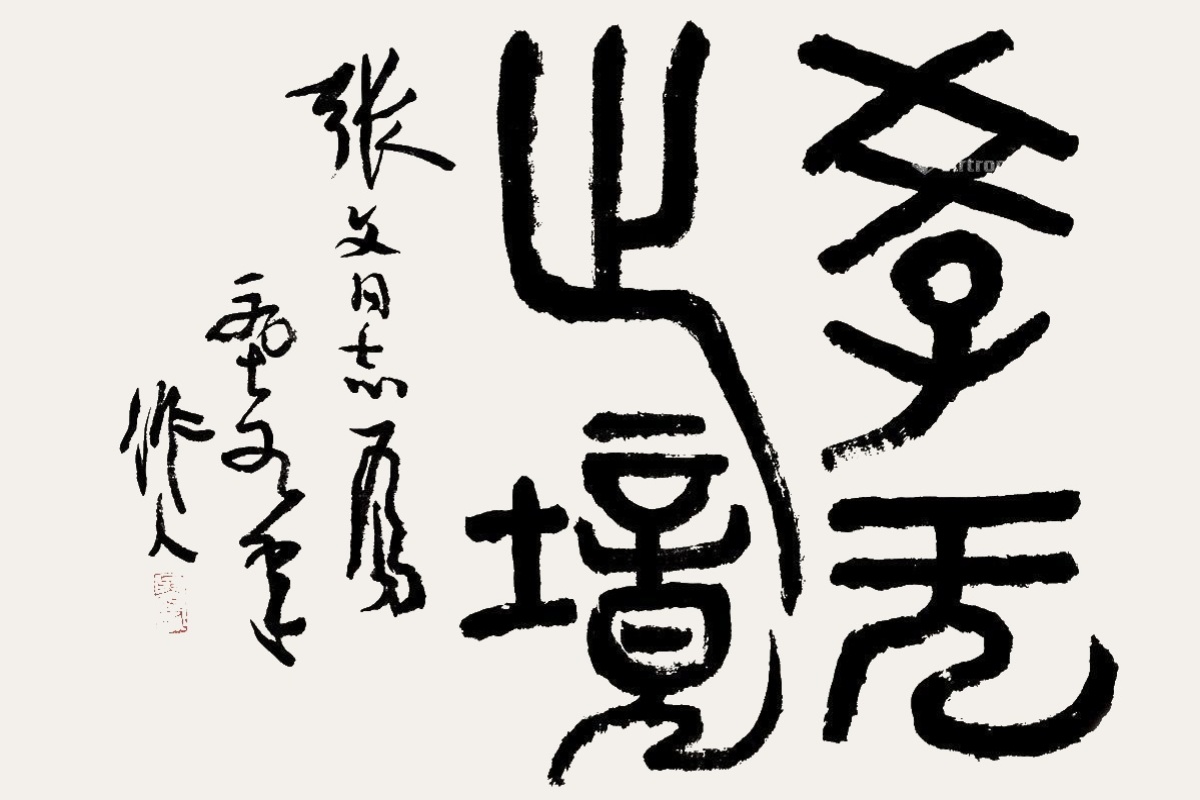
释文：学无止境张文同志属，一九七九年，作人。